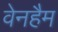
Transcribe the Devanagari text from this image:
वेनहैम